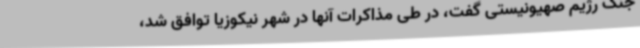
جنگ رژیم صهیونیستی گفت، در طی مذاکرات آنها در شهر نیکوزیا توافق شد،